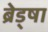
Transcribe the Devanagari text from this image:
ब्रेड्षा